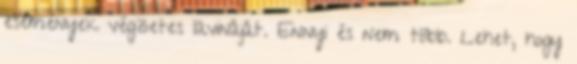
események végzetes lavináját. Ennyi és nem több. Lehet, hogy